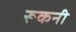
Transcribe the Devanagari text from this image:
रूकनी